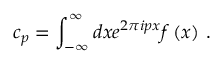
c _ { p } = \int _ { - \infty } ^ { \infty } d x e ^ { 2 \pi i p x } f \left( x \right) \, .